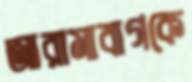
আরামাবাগকে